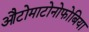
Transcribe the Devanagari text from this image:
औटोमाटोनोफोबिया